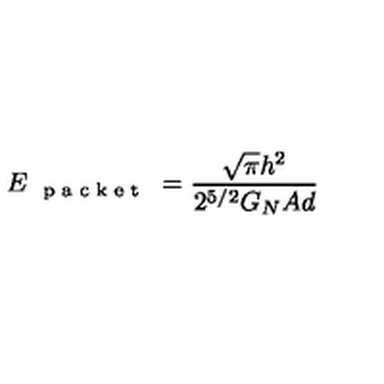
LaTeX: E _ { \textup { \scriptsize { p a c k e t } } } = \frac { \sqrt { \pi } h ^ { 2 } } { 2 ^ { 5 / 2 } G _ { N } A d }